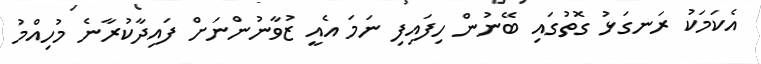
އެކަމަކު ރަނގަޅު ގޮތުގައި ބޭނުން ހިފައިފި ނަމަ އެއީ ޒުވާނުންނަށް ފައިދާކުރާނެ މުހިއްމު